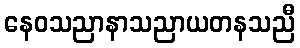
နေဝသညာနာသညာယတနသညီ